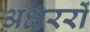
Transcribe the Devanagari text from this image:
अक्षररों